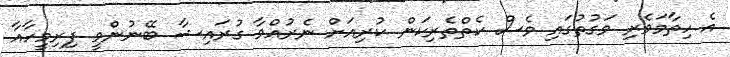
އެ ހިތާމަވެރި ވަގުތުގައި ވެސް ކެތްތެރިކަން ކުރިއަށް ނެރުއްވާ ގުރައިޝާ ބޭނުންވީ ފިރިމީހާއާ